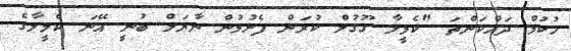
ހުކުމް ދައްކަންތަ "ކެމީލާ ގޫގުލް ކުރަން ފެށުމުން ނާޔަލް ބުނީ އޭނަ ކެމީލާގެ